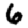
Digit: 6